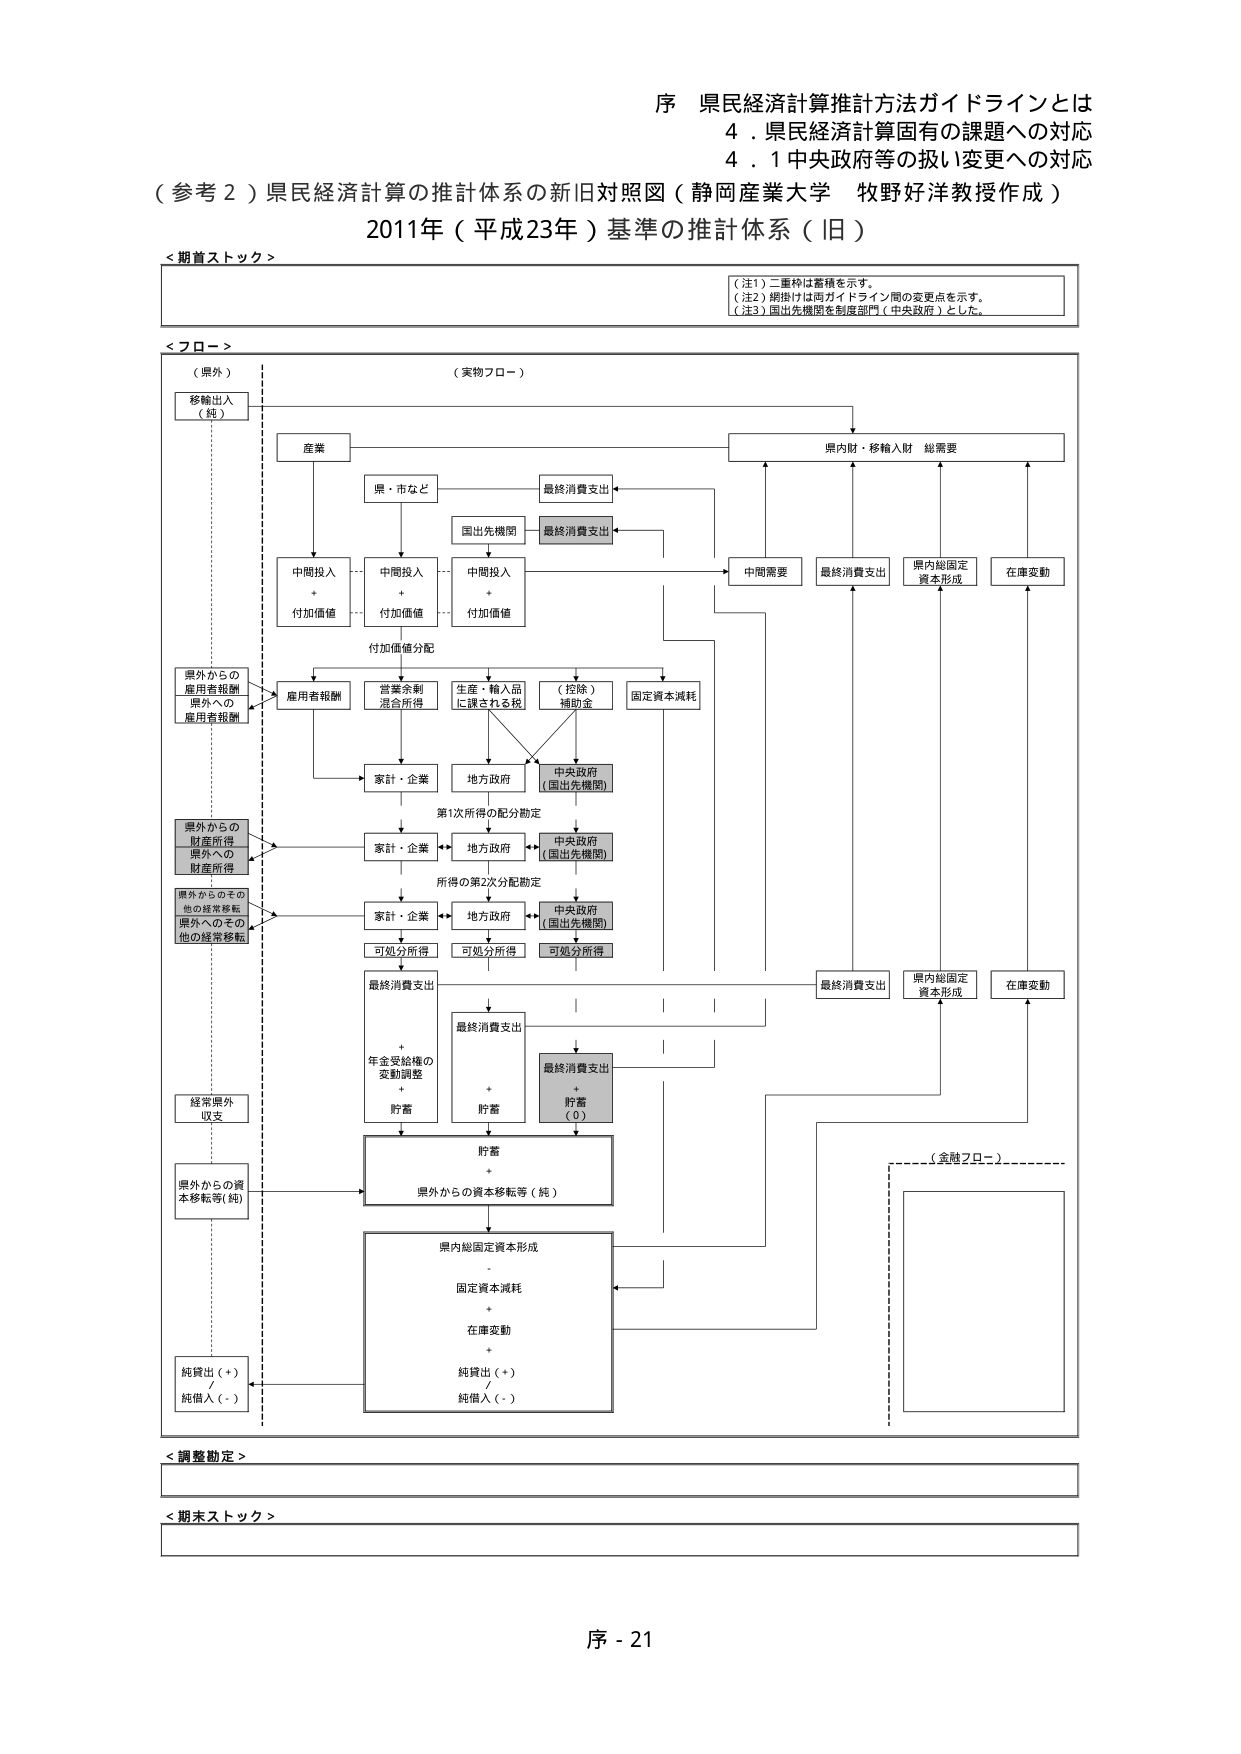
序 県民経済計算推計方法ガイドラインとは
4．県民経済計算固有の課題への対応
4．1 中央政府等の扱い変更への対応

（参考２）県民経済計算の推計体系の新旧対照図（静岡産業大学 牧野好洋教授作成）
2011年（平成23年）基準の推計体系（旧）

＜期首ストック＞

（注1）二重枠は蓄積を示す。
（注2）網掛けは両ガイドライン間の変更点を示す。
（注3）国出先機関を制度部門（中央政府）とした。

＜フロー＞

（県外）
移輸出入
（純）

（実物フロー）
産業
県・市など
最終消費支出
国出先機関
最終消費支出
中間投入
+
付加価値
中間投入
+
付加価値
中間投入
+
付加価値
付加価値分配
雇用者報酬
営業余剰
混合所得
生産・輸入品
に課される税
（控除）
補助金
固定資本減耗
県内財・移輸入財 総需要
中間需要
最終消費支出
県内総固定
資本形成
在庫変動
県外からの
雇用者報酬
県外への
雇用者報酬
家計・企業
地方政府
中央政府
（国出先機関）
第1次所得の配分勘定
家計・企業
地方政府
中央政府
（国出先機関）
所得の第2次分配勘定
家計・企業
地方政府
中央政府
（国出先機関）
可処分所得
可処分所得
可処分所得
最終消費支出
最終消費支出
+
年金受給権の
変動調整
+
貯蓄
最終消費支出
+
貯蓄
最終消費支出
+
貯蓄
（0）
貯蓄
+
県外からの資本移転等（純）
県内総固定資本形成
-
固定資本減耗
+
在庫変動
+
純貸出（+）
/
純借入（-）
県外からの
財産所得
県外への
財産所得
県外からのその他
の経常移転
県外へのその他
の経常移転
経常県外
収支
県外からの資本移転等（純）
（金融フロー）

＜調整勘定＞

＜期末ストック＞

序 - 21